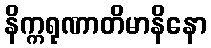
နိက္ကရုဏာတိမာနိနော